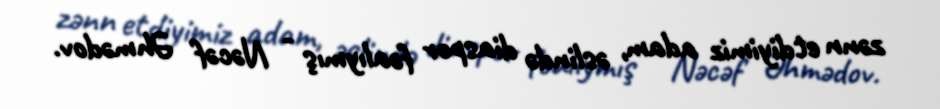
zənn etdiyimiz adam, əslində diaspor fəalıymış - Nəcəf Əhmədov.